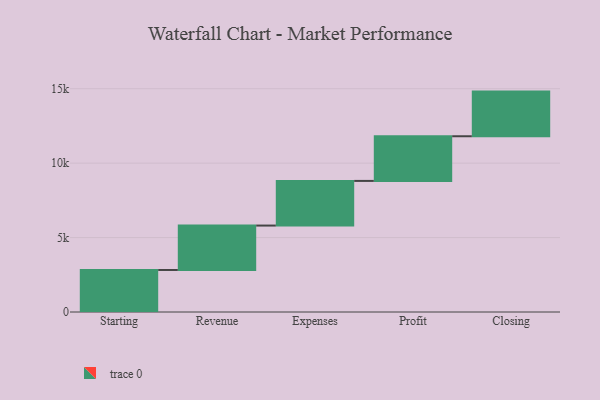
{"axis": {"x": "Step", "y": "Value"}, "legend": [""], "data": [{"x": "Starting", "y": 2824.0, "type": ""}, {"x": "Revenue", "y": 2983.0, "type": ""}, {"x": "Expenses", "y": 3000, "type": ""}, {"x": "Profit", "y": 3000, "type": ""}, {"x": "Closing", "y": 3000, "type": ""}]}